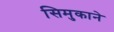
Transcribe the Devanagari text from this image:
सिमुकाने